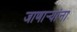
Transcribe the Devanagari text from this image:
जाणार्‍यांना